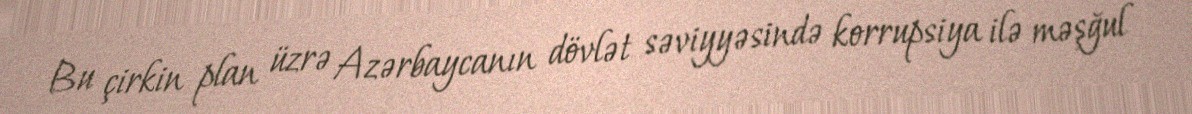
Bu çirkin plan üzrə Azərbaycanın dövlət səviyyəsində korrupsiya ilə məşğul